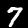
Label: 7